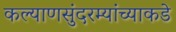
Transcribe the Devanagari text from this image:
कल्याणसुंदरम्यांच्याकडे